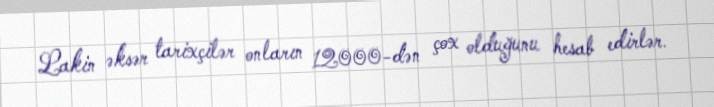
Lakin əksər tarixçilər onların 12000-dən çox olduğunu hesab edirlər.